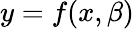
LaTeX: y=f(x,\beta)